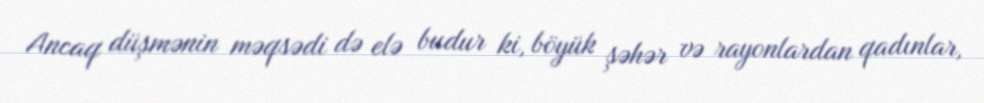
Ancaq düşmənin məqsədi də elə budur ki, böyük şəhər və rayonlardan qadınlar,